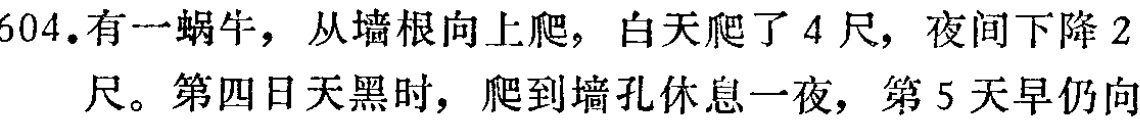
604.有一蜗牛，从墙根向上爬，白天爬了 4 尺，夜间下降 2 尺。第四日天黑时，爬到墙孔休息一夜，第 5 天早仍向